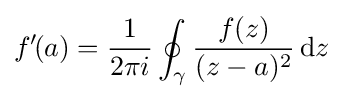
f'\!(a)={\frac {1}{2\pi i}}\oint _{\gamma }{\frac {f(z)}{(z-a)^{2}}}\,\mathrm {d} z